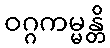
ဝဂ္ဂကမ္မန္တိ